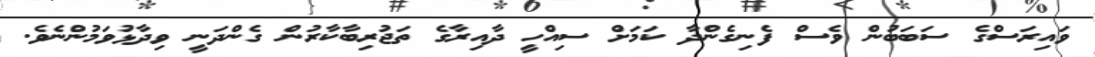
ވައިރަސްގެ ސަބަބުން ވެސް ފެނިގެންދާ ކަމަށް ސިއްހީ ދާއިރާގެ ތަޖުރިބާކާރުން ގެންދަނީ ވިދާޅުވަމުންނެވެ.